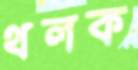
থলক